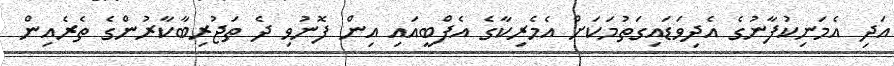
އަދި އެމަނިކުފާނުގެ އެދިވަޑައިގަތުމަކަށް އެމެރިކާގެ އެފްބީއައި އިން ފޮނުވި ދެ ތަޖުރިބާކާރުންގެ ތެރެއިން